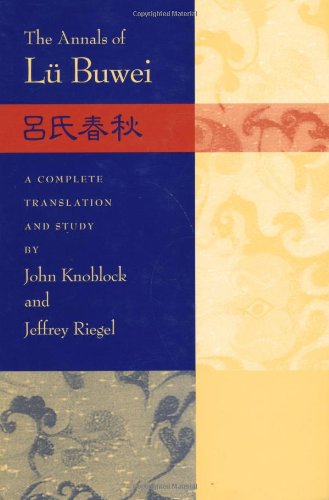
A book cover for The Annals of LÃ¼ Buwei; Religion & Spirituality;